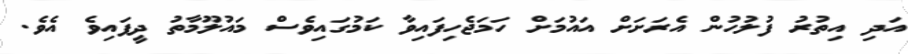
އަދި އިތުރު ފުލުހުން އެރަށަށް އައުމަށް ހަމަޖެހިފައިވާ ކަމުގައިވެސް މައުލޫމާތު ދީފައިވެ އެވެ.